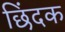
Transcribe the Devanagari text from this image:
छिंदक